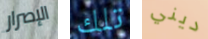
الإصرار تلك ديني